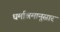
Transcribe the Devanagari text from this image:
धर्माश्रमानूसार